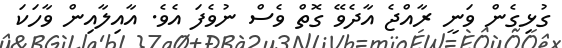
ގުޅިގެން ވަނީ ރާއްޖެ އާދެވޭ ގޮތް ވެސް ނުވެފަ އެވެ. އާއިލާއިން ވާހަކަ